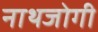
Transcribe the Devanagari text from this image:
नाथजोगी